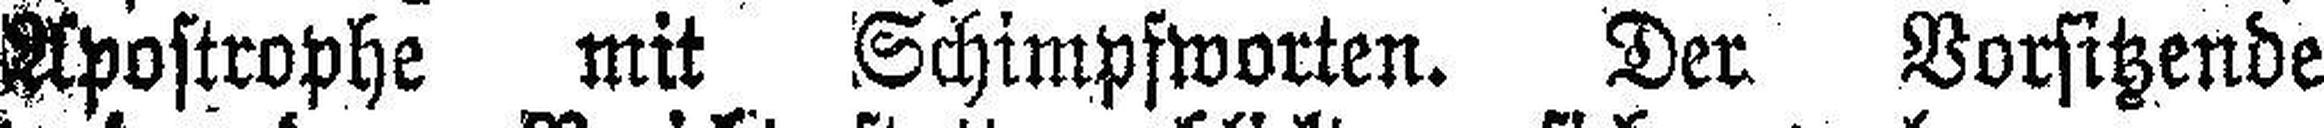
Apostrophe mit Schimpfworten. Der Vorsitzende